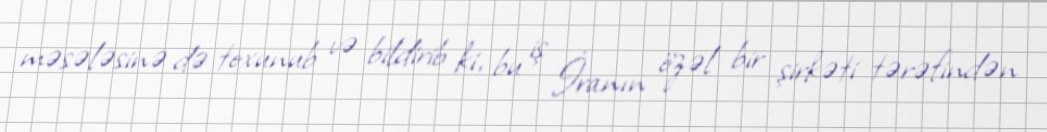
məsələsinə də toxunub və bildirib ki, bu iş İranın özəl bir şirkəti tərəfindən